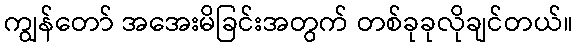
ကျွန်တော် အအေးမိခြင်းအတွက် တစ်ခုခုလိုချင်တယ်။